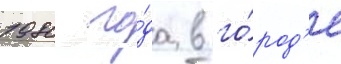
1980 го́да в го́род'е